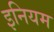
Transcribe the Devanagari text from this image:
इनियम